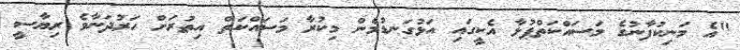
"އެ މަނިކުފާނުގެ މަސައްކަތްޕުޅާ އެކީގައި އަޅުގަނޑުމެން މިކުރާ މަސައްކަތް އިތުރަށް ހަރުދަނާވެ ރިޔާސީ